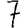
Digit: 7